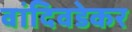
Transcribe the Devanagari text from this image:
वांदिवडेकर